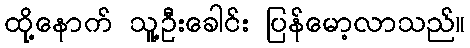
ထို့နောက် သူ့ဦးခေါင်း ပြန်မော့လာသည်။